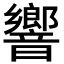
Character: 響